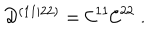
{ \cal D } ^ { ( 1 1 | 2 2 ) } = { \cal C } ^ { 1 1 } { \cal C } ^ { 2 2 } \; .